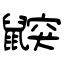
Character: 鼵